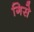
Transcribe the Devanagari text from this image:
गिसे